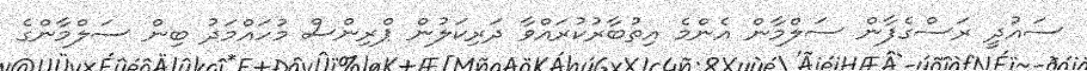
ސައުދީ ރަސްގެފާން ސަލްމާން އެންމެ އިތުބާރުކުރައްވާ ދަރިކަލުން ޕްރިންސް މުހައްމަދު ބިން ސަލްމާންގެ